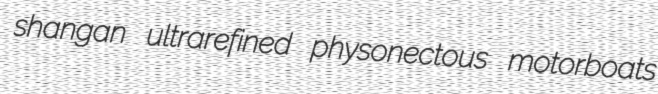
shangan ultrarefined physonectous motorboats